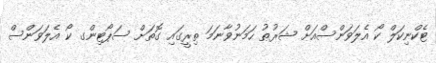
ޓެކްނިކަލް ކޯ އެލަވަންސްއަށް ޝަރުޠު ހަމަނުވާނަމަ ތިރީގައި ގޮތަށް ސަޕޯޓިންގ ކޯ އެލަވަންސް